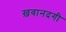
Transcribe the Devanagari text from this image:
ख़वानदगी